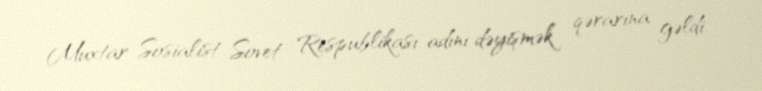
Muxtar Sosialist Sovet Respublikası adını dəyişmək qərarına gəldi.